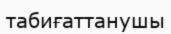
табиғаттанушы